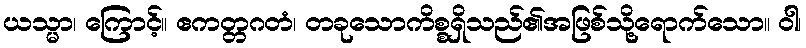
ယသ္မာ၊ ကြောင့်။ ဧကတ္တဂတံ၊ တခုသောကိစ္စရှိသည်၏အဖြစ်သို့ရောက်သော။ ဝါ၊